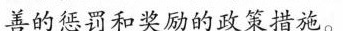
善的惩罚和奖励的政策措施。